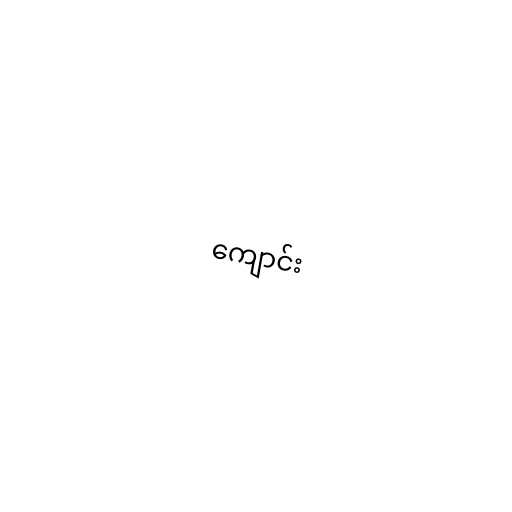
ကျောင်း